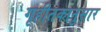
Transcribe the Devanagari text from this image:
गृहीतकानुसार